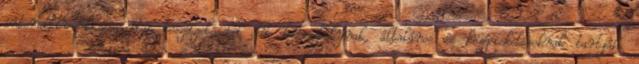
interaktív kiscsoportos beszélgetéseket két korosztálynak, általános és középiskolásoknak tartják.